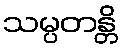
သမ္ပတန္တိ